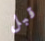
قبل